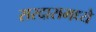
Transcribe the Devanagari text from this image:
सरदारामध्ये